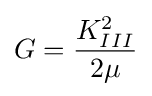
G={\frac {K_{III}^{2}}{2\mu }}